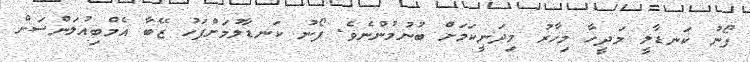
ފޯނު ކަނޑާލީ މަދީހާ މިހާރު މިދަނީކަމަށް ބުނުމުންނެވެ. ފޯނު ކަނޑާލުމަށްފަހު ޒޭބާ އެމްބިއުލަންސަށް